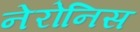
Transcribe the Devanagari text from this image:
नेरोनिस